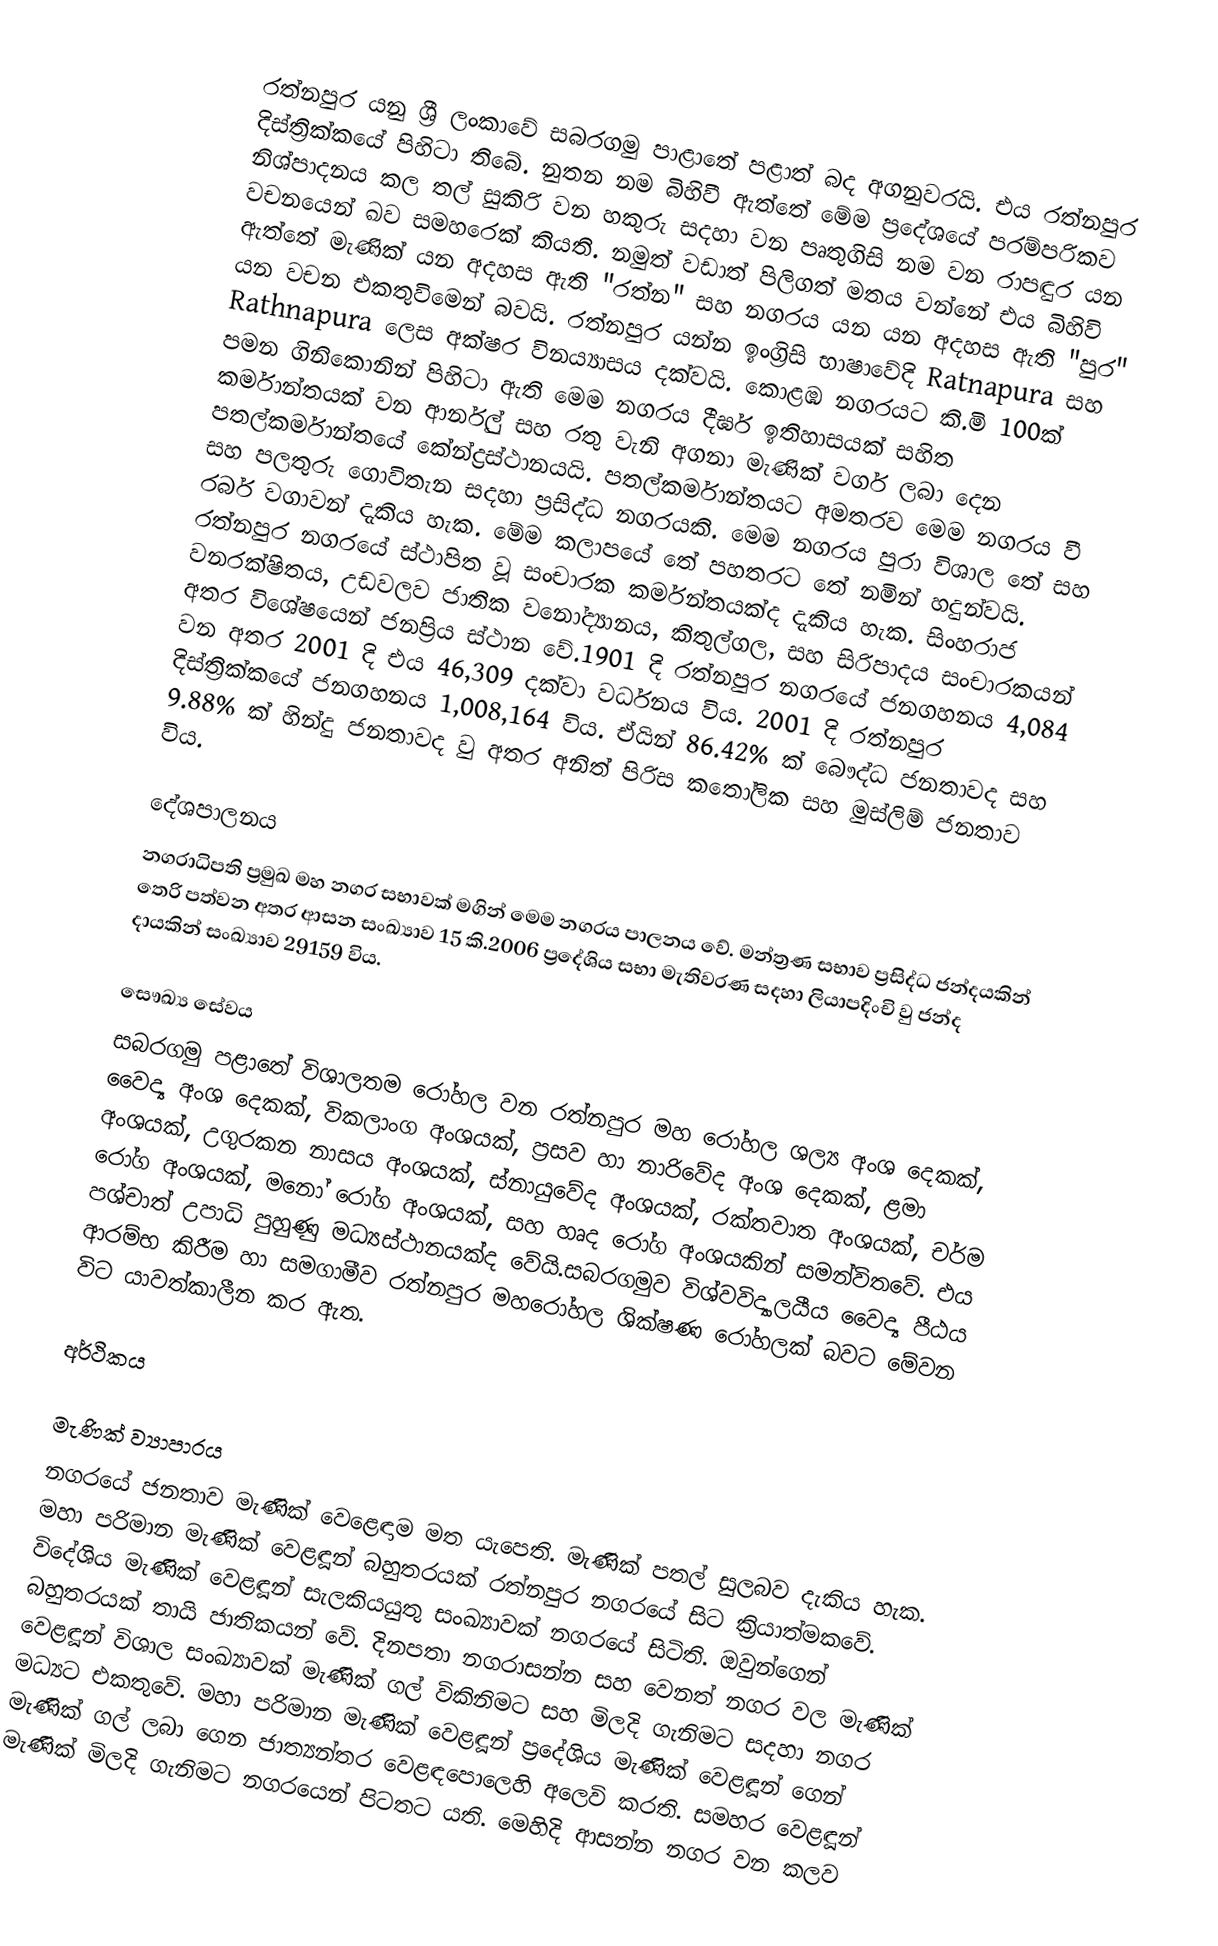
රත්නපුර යනු ශ්‍රී ලංකාවේ සබරගමු පාළාතේ පළාත් බද අගනුවරයි. එය රත්නපුර දිස්ත්‍රික්කයේ පිහිටා තිබේ. නුතන නම බිහිවී ඇත්තේ මේම ප්‍රදේශයේ පරම්පරිකව නිශ්පාදනය කල තල් සුකිරි වන හකුරු සදහා වන පෘතුගිසි නම වන රාපඳුර යන වචනයෙන් ඛව සමහරෙක් කියති. නමුත් වඩාත් පිලිගත් මතය වන්නේ එය බිහිවි ඇත්තේ මැණික් යන අදහස ඇති "රත්න" සහ නගරය යන යන අදහස ඇති "පුර" යන වචන එකතුවිමෙන් බවයි. රත්නපුර යන්න ඉංග්‍රිසි භාෂාවේදි Ratnapura සහ Rathnapura ලෙස අක්ෂර විනය්‍යාසය දක්වයි. කොළඹ නගරයට කි.මි 100ක් පමන ගිනිකොනින් පිහිටා ඇති මෙම නගරය දීර්ඝ ඉතිහාසයක් සහිත කර්මාන්තයක් වන ආර්නුල් සහ රතු වැනි අගනා මැණික් වර්ග ලබා දෙන පතල්කර්මාන්තයේ කේන්ද්‍රස්ථානයයි. පතල්කර්මාන්තයට අමතරව මෙම නගරය වී සහ පලතුරු ගොවිතැන සදහා ප්‍රසිද්ධ නගරයකි. මෙම නගරය පුරා විශාල තේ සහ රබර් වගාවන් දැකිය හැක. මේම කලාපයේ තේ පහතරට තේ නමින් හදුන්වයි. රත්නපුර නගරයේ ස්ථාපිත වූ සංචාරක කර්මන්තයක්ද දැකිය හැක. සිංහරාජ වනරක්ෂිතය, උඩවලව ජාතික වනෝද්‍යානය, කිතුල්ගල, සහ සිරිපාදය සංචාරකයන් අතර විශේෂයෙන් ජනප්‍රිය ස්ථාන වේ.1901 දි රත්නපුර නගරයේ ජනගහනය 4,084 වන අතර 2001 දි එය 46,309 දක්වා වර්ධනය විය. 2001 දි රත්නපුර දිස්ත්‍රික්කයේ ජනගහනය 1,008,164 විය. ඒයින් 86.42% ක් බෞද්ධ ජනතාවද සහ 9.88% ක් හින්දු ජනතාවද වු අතර අනිත් පිරිස කතෝලික සහ මුස්ලිම් ජනතාව විය.

දේශපාලනය
නගරාධිපති ප්‍රමුඛ මහ නගර සභාවක් මගින් මෙම නගරය පාලනය වේ. මන්ත්‍රණ සභාව  ප්‍රසිද්ධ ජන්දයකින් තෙරි පත්වන අතර ආසන සංඛ්‍යාව 15 කි.2006 ප්‍රදේශිය සභා මැතිවරණ සදහා ලියාපදිංචි වු ජන්ද දායකින් සංඛ්‍යාව 29159  විය.

සෞඛ්‍ය සේවය
සබරගමු පළාතේ විශාලතම රෝහල වන රත්නපුර මහ රෝහල ශල්‍ය අංශ දෙකක්, වෛද්‍ය අංශ දෙකක්, විකලාංග අංශයක්, ප්‍රසව හා නාරිවේද අංශ දෙකක්, ළමා අංශයක්, උගුරකන නාසය අංශයක්, ස්නායුවේද  අංශයක්, රක්තවාත අංශයක්, චර්ම රෝග අංශයක්, මනෝ රෝග අංශයක්, සහ හෘද රෝග අංශයකින් සමන්විතවේ. එය පශ්චාත් උපාධි පුහුණු මධ්‍යස්ථානයක්ද වේයි.සබරගමුව විශ්වවිද්‍යාලයීය වෛද්‍ය පීඨය ආරම්භ කිරීම හා සමගාමීව රත්නපුර මහරෝහල ශික්ෂණ ⁣රෝහලක් බවට මේවන විට යාවත්කාලීන කර ඇත.

අර්ථිකය

මැණික් ව්‍යාපාරය
නගරයේ ජනතාව මැණික් වෙළෙඳාම මත යැපෙති. මැණික් පතල් සුලබව දැකිය හැක. මහා පරිමාන මැණික්  වෙළඳූන් බහුතරයක් රත්නපුර නගරයේ සිට ක්‍රියාත්මකවේ. විදේශිය මැණික් වෙළඳූන් සැලකියයුතු සංඛ්‍යාවක් නගරයේ සිටිති. ඔවුන්ගෙන් බහුතරයක් තායි ජාතිකයන් වේ. දිනපතා නගරාසන්න සහ වෙනත් නගර වල මැණික් වෙළඳූන් විශාල සංඛ්‍යාවක් මැණික් ගල් විකිනිමට සහ මිලදි ගැනිමට සදහා නගර මධ්‍යට එකතුවේ. මහා පරිමාන මැණික්  වෙළඳූන් ප්‍රදේශිය මැණික්  වෙළඳූන් ගෙන් මැණික් ගල් ලබා ගෙන ජාත්‍යන්තර  වෙළඳපොලෙහි අලෙවි කරති.    සමහර වෙළඳූන් මැණික් මිලදි ගැනිමට නගරයෙන් පිටතට යති. මෙහිදි ආසන්න නගර වන කලව